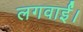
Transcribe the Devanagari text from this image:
लगवाईं।